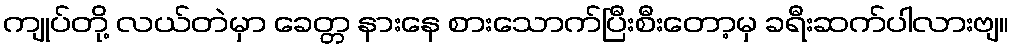
ကျုပ်တို့ လယ်တဲမှာ ခေတ္တ နားနေ စားသောက်ပြီးစီးတော့မှ ခရီးဆက်ပါလားဗျ။